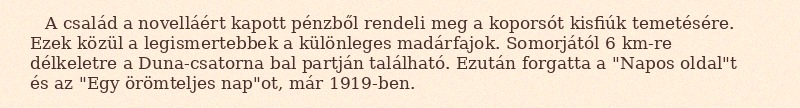
A család a novelláért kapott pénzből rendeli meg a koporsót kisfiúk temetésére. Ezek közül a legismertebbek a különleges madárfajok. Somorjától 6 km-re délkeletre a Duna-csatorna bal partján található. Ezután forgatta a "Napos oldal"t és az "Egy örömteljes nap"ot, már 1919-ben.